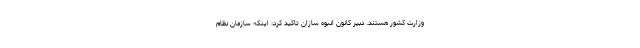
وزارت کشور هستند. دبیر کانون انبوه سازان تاکید کرد: اینکه سازمان نظام